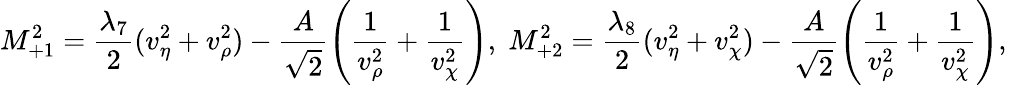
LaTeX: M_{+1}^{2}=\frac{\lambda_{7}}{2}(v_{\eta}^{2}+v_{\rho}^{2})-\frac{A}{\sqrt 2}\left(\frac{1}{v_{\rho}^{2}}+\frac{1}{v_{\chi}^{2}}\right),\; M_{+2}^{2}=\frac{\lambda_{8}}{2}(v_{\eta}^{2}+v_{\chi}^{2})-\frac{A}{\sqrt 2}\left(\frac{1}{v_{\rho}^{2}}+\frac{1}{v_{\chi}^{2}}\right),\;